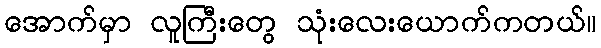
အောက်မှာ လူကြီးတွေ သုံးလေးယောက်ကတယ်။